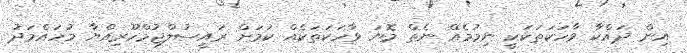
އިން ދައްކާ ވާހަކަތަކަކީ ނިމުމެއް ނެތް މޮޔަ ވާހަކަތަކެއް ކަމަށް ރައީސުލްޖުމްހޫރިއްޔާ މުހައްމަދު